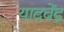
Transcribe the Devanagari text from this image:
यादवेंद्र